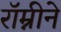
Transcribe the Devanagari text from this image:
रॉम्नीने